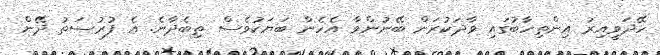
ހޭދަވީއިރު އިންތިހާބުގައި ވާދަކުރަން ބޭނުންވާ އެހެން ބަޔަކުވެސް ތިބެދާނެ. އެ ފުރުސަތު ދޭން